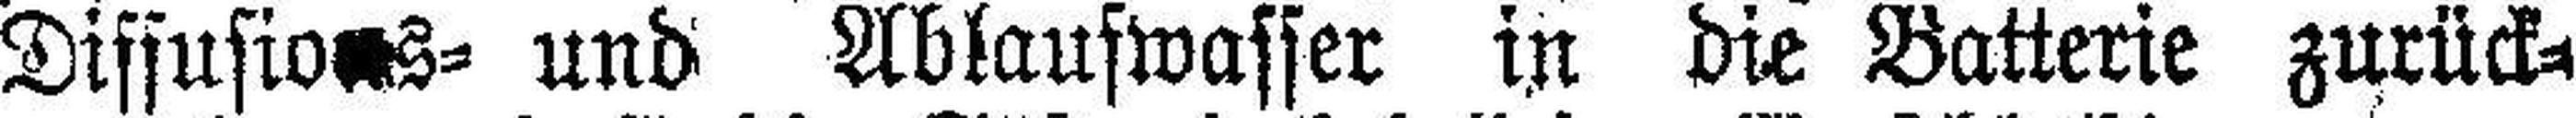
Diffusion- und Ablaufwasser in die Batterie zurück¬